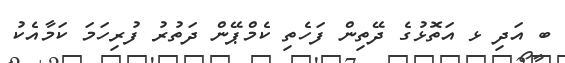
ބ އަދި ޅ އަތޮޅުގެ ދޭތިން ފަހެތި ކެމްޕޭން ދަތުރު ފުރިހަމަ ކަމާއެކު